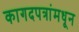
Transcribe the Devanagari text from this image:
कागदपत्रांमधून